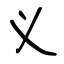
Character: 义